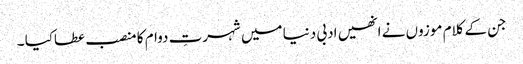
جن کے کلام موزوں نے انھیں ادبی دنیا میں شہرتِ دوام کا منصب عطاکیا ۔